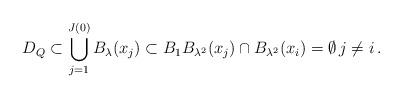
LaTeX: \begin{align*}D_Q\subset \bigcup_{j=1}^{J(0)}B_{\lambda}(x_j)\subset B_1 B_{\lambda^2}(x_j)\cap B_{\lambda^2}(x_i)=\emptyset\,j\neq i\,.\end{align*}